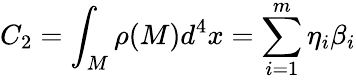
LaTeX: C_{2}=\int_{M}\rho(M)d^{4}x=\sum_{i=1}^{m}\eta_{i}\beta_{i}